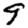
Digit: 9